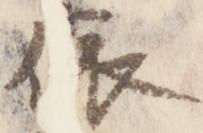
依